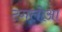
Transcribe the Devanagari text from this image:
टगलोआ